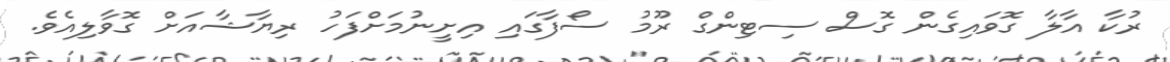
ރުކާ އާލާ ގޮވައިގެން ގޮސް ސިޓިންގް ރޫމު ސޯފާގައި އިށީނުމަށްފަހު ރިޔާޝާއަށް ގޮވާލިއެވެ.